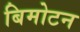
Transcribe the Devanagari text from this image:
बिमोटन